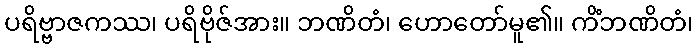
ပရိဗ္ဗာဇကဿ၊ ပရိဗိုဇ်အား။ ဘဏိတံ၊ ဟောတော်မူ၏။ ကိံဘဏိတံ၊